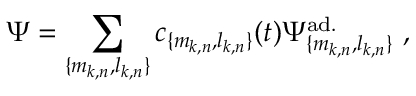
\Psi = \sum _ { \{ m _ { k , n } , l _ { k , n } \} } c _ { \{ m _ { k , n } , l _ { k , n } \} } ( t ) \Psi _ { \{ m _ { k , n } , l _ { k , n } \} } ^ { \mathrm { a d . } } \ ,